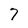
Character: 7